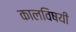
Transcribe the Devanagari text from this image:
कालविषयी